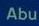
abu